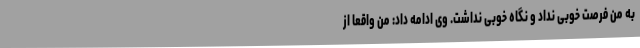
به من فرصت خوبی نداد و نگاه خوبی نداشت. وی ادامه داد: من واقعاً از